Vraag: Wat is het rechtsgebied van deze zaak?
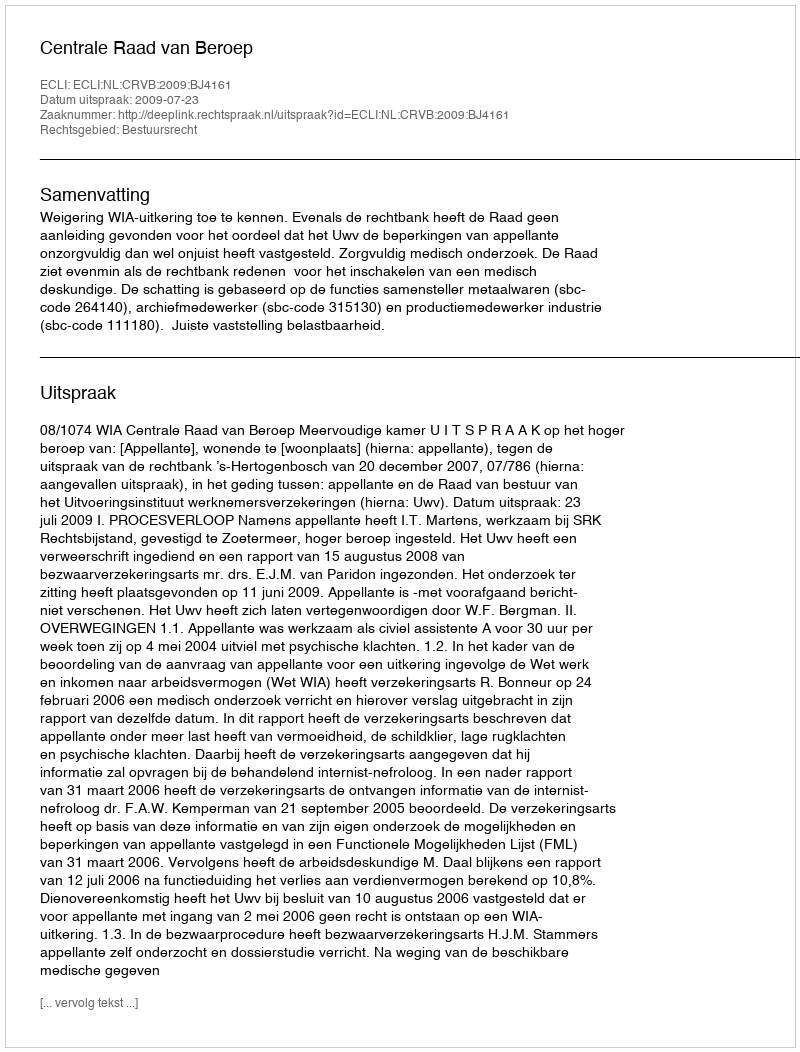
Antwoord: Bestuursrecht